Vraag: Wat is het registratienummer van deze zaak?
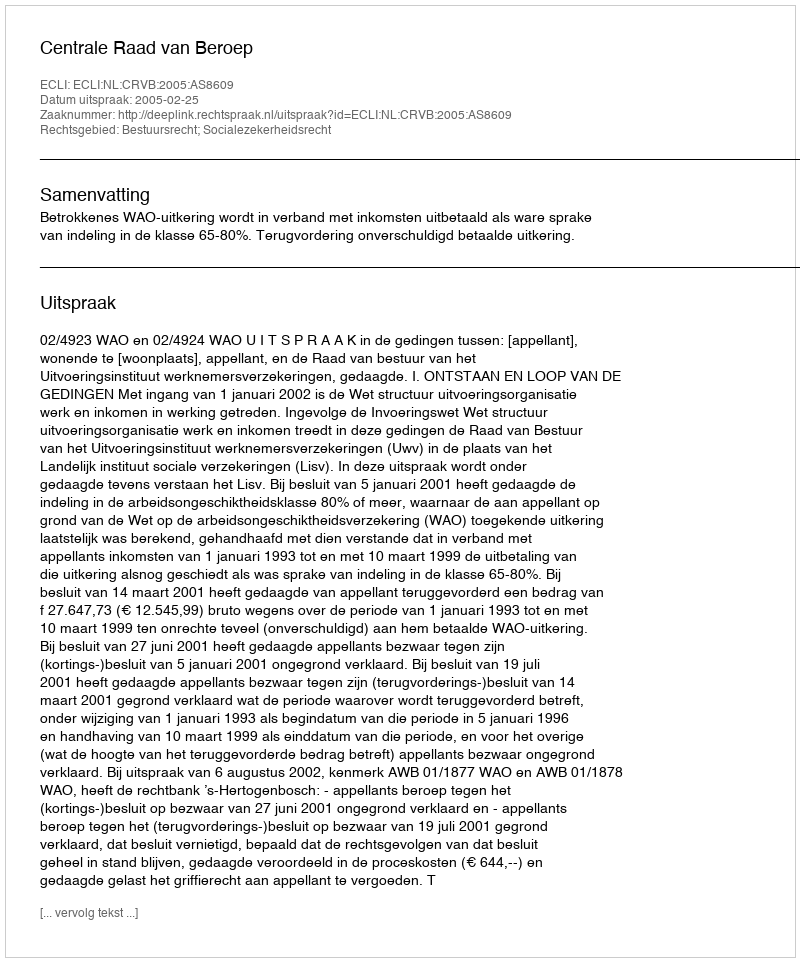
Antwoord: http://deeplink.rechtspraak.nl/uitspraak?id=ECLI:NL:CRVB:2005:AS8609